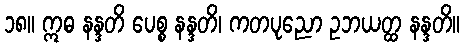
၁၈။ ဣဓ နန္ဒတိ ပေစ္စ နန္ဒတိ၊ ကတပုညော ဥဘယတ္ထ နန္ဒတိ။